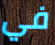
في